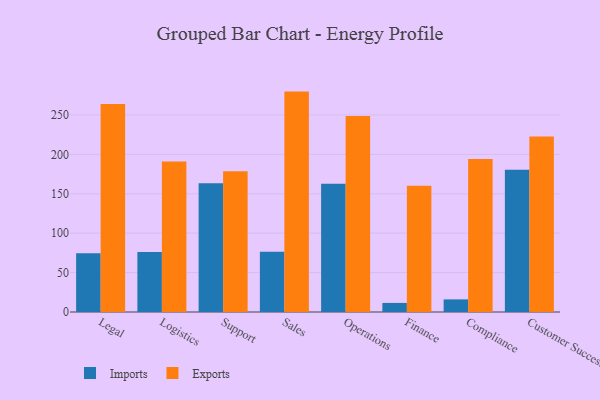
{"axis": {"x": "Department", "y": "Headcount"}, "legend": ["Exports", "Imports"], "data": [{"x": "Legal", "y": 74.6, "type": "Imports"}, {"x": "Legal", "y": 264.0, "type": "Exports"}, {"x": "Logistics", "y": 76.0, "type": "Imports"}, {"x": "Logistics", "y": 191.0, "type": "Exports"}, {"x": "Support", "y": 163.4, "type": "Imports"}, {"x": "Support", "y": 178.6, "type": "Exports"}, {"x": "Sales", "y": 76.4, "type": "Imports"}, {"x": "Sales", "y": 279.6, "type": "Exports"}, {"x": "Operations", "y": 162.7, "type": "Imports"}, {"x": "Operations", "y": 248.7, "type": "Exports"}, {"x": "Finance", "y": 11.5, "type": "Imports"}, {"x": "Finance", "y": 160.1, "type": "Exports"}, {"x": "Compliance", "y": 16.0, "type": "Imports"}, {"x": "Compliance", "y": 194.1, "type": "Exports"}, {"x": "Customer Success", "y": 180.6, "type": "Imports"}, {"x": "Customer Success", "y": 222.6, "type": "Exports"}]}